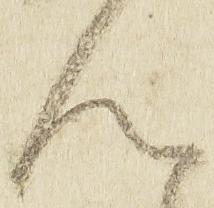
ん